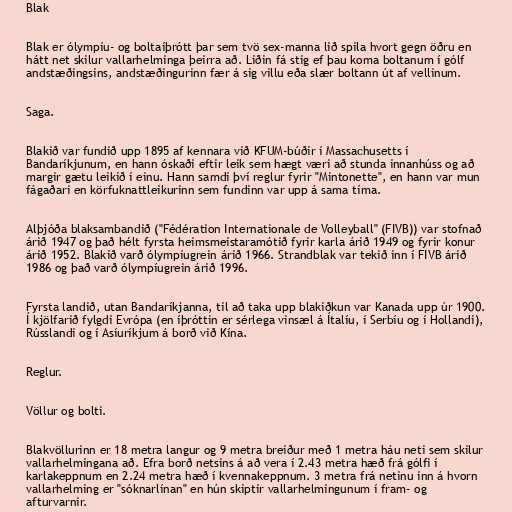
Blak

Blak er ólympíu- og boltaíþrótt þar sem tvö sex-manna lið spila hvort gegn öðru en
hátt net skilur vallarhelminga þeirra að. Liðin fá stig ef þau koma boltanum í gólf
andstæðingsins, andstæðingurinn fær á sig villu eða slær boltann út af vellinum.

Saga.

Blakið var fundið upp 1895 af kennara við KFUM-búðir í Massachusetts í
Bandaríkjunum, en hann óskaði eftir leik sem hægt væri að stunda innanhúss og að
margir gætu leikið í einu. Hann samdi því reglur fyrir "Mintonette", en hann var mun
fágaðari en körfuknattleikurinn sem fundinn var upp á sama tíma.

Alþjóða blaksambandið ("Fédération Internationale de Volleyball" (FIVB)) var stofnað
árið 1947 og það hélt fyrsta heimsmeistaramótið fyrir karla árið 1949 og fyrir konur
árið 1952. Blakið varð ólympíugrein árið 1966. Strandblak var tekið inn í FIVB árið
1986 og það varð ólympíugrein árið 1996.

Fyrsta landið, utan Bandaríkjanna, til að taka upp blakiðkun var Kanada upp úr 1900.
Í kjölfarið fylgdi Evrópa (en íþróttin er sérlega vinsæl á Ítalíu, í Serbíu og í Hollandi),
Rússlandi og í Asíuríkjum á borð við Kína.

Reglur.

Völlur og bolti.

Blakvöllurinn er 18 metra langur og 9 metra breiður með 1 metra háu neti sem skilur
vallarhelmingana að. Efra borð netsins á að vera í 2.43 metra hæð frá gólfi í
karlakeppnum en 2.24 metra hæð í kvennakeppnum. 3 metra frá netinu inn á hvorn
vallarhelming er "sóknarlínan" en hún skiptir vallarhelmingunum í fram- og
afturvarnir.